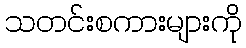
သတင်းစကားများကို